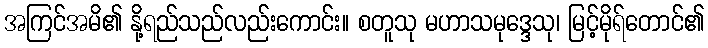
အကြင်အမိ၏ နို့ရည်သည်လည်းကောင်း။ စတူသု မဟာသမုဒ္ဒေသု၊ မြင့်မိုရ်တောင်၏